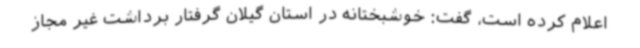
اعلام کرده است، گفت: خوشبختانه در استان گیلان گرفتار برداشت غیر مجاز